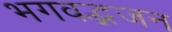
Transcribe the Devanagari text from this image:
भगवद्भजन